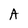
Character: A